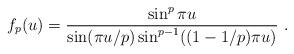
LaTeX: \begin{align*}f_p(u) = \frac{\sin^p \pi u}{\sin (\pi u/p) \sin^{p-1}((1-1/p)\pi u)}\ .\end{align*}